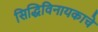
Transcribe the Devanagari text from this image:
सिद्धिविनायकाचे